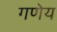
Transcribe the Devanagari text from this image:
गणेय